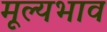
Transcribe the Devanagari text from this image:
मूल्यभाव